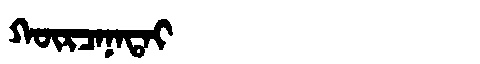
Manchu: ᡴᡡᡵᠴᠠᠨᠠᡨᠠᡳ
Romanization: KŪRCANATAI